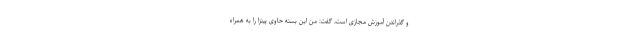
و گذراندن آموزش مجازی است، گفت: من این بسته حاوی پیتزا را به همراه